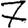
Digit: 7